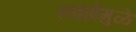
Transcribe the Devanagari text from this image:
लढाईंमुळे